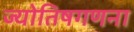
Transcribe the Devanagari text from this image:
ज्योतिषगणना